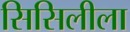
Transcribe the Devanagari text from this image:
सिसिलीला